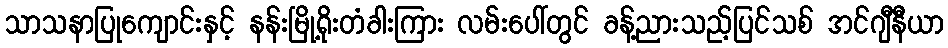
သာသနာပြုကျောင်းနှင့် နန်းမြို့ရိုးတံခါးကြား လမ်းပေါ်တွင် ခန့်ညားသည့်ပြင်သစ် အင်ဂျီနီယာ